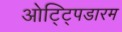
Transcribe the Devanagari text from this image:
ओट्ट्पिडारम